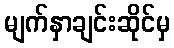
မျက်နှာချင်းဆိုင်မှ